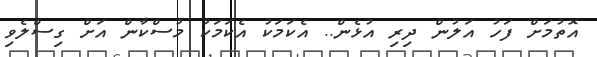
އޮތުމަށް ފަހު އަލުން ދިރި އުޅެން.. އެކަމަކު އެކަމަކު މުސްކާން އަށް ގިސްލެވި